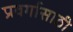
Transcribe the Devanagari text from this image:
प्रवर्गासाठी